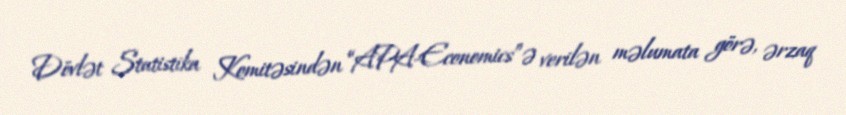
Dövlət Statistika Komitəsindən “APA-Economics”ə verilən məlumata görə, ərzaq